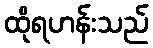
ထိုရဟန်းသည်